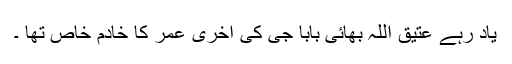
یاد رہے عتیق اللہ بھائی بابا جی کی آخری عمر کا خادم خاص تھا ۔